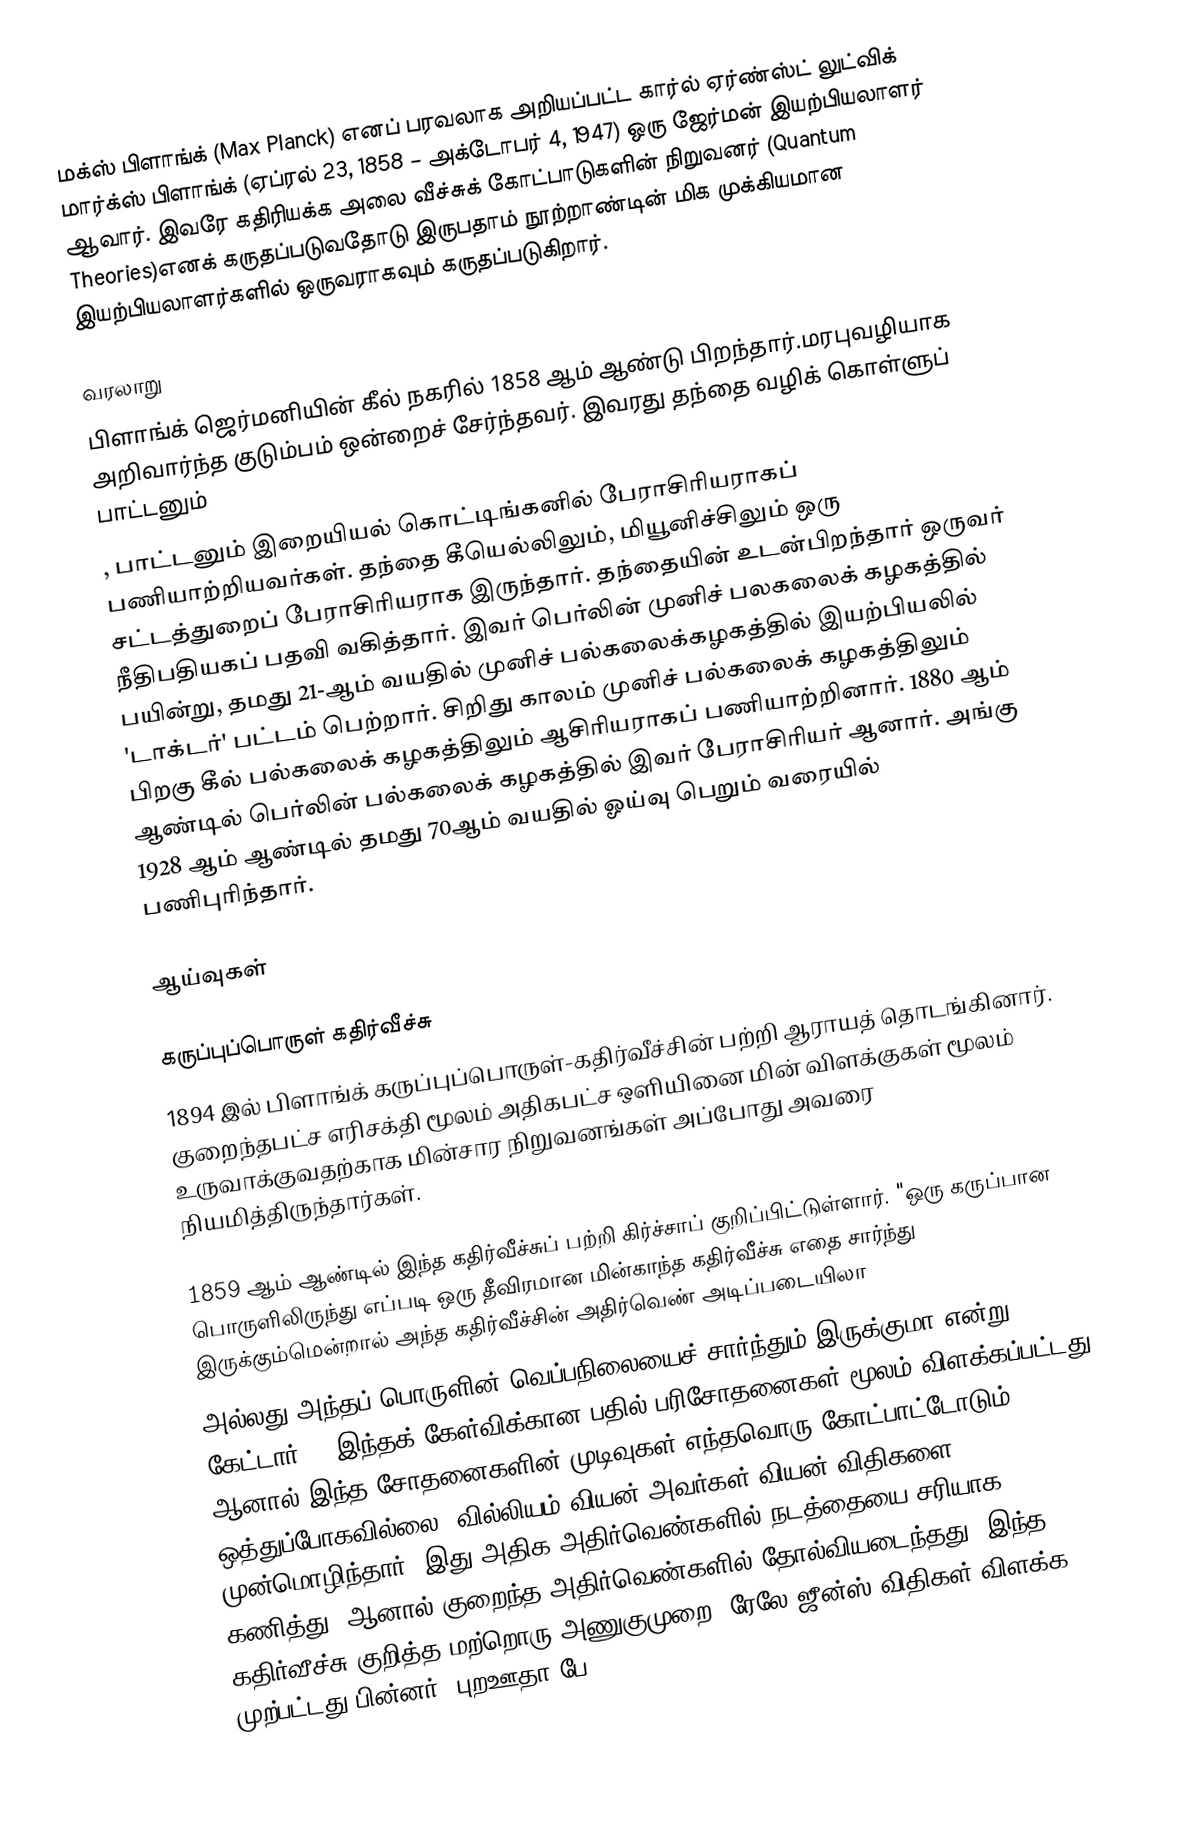
மக்ஸ் பிளாங்க் (Max Planck) எனப் பரவலாக அறியப்பட்ட கார்ல் ஏர்ண்ஸ்ட் லுட்விக் மார்க்ஸ் பிளாங்க் (ஏப்ரல் 23, 1858 – அக்டோபர் 4, 1947) ஒரு ஜேர்மன் இயற்பியலாளர் ஆவார். இவரே கதிரியக்க அலை வீச்சுக் கோட்பாடுகளின் நிறுவனர் (Quantum Theories)எனக் கருதப்படுவதோடு இருபதாம் நூற்றாண்டின் மிக முக்கியமான இயற்பியலாளர்களில் ஒருவராகவும் கருதப்படுகிறார்.

வரலாறு
பிளாங்க்  ஜெர்மனியின் கீல் நகரில் 1858 ஆம் ஆண்டு பிறந்தார்.மரபுவழியாக அறிவார்ந்த குடும்பம் ஒன்றைச் சேர்ந்தவர். இவரது தந்தை வழிக் கொள்ளுப் பாட்டனும்
, பாட்டனும் இறையியல் கொட்டிங்கனில் பேராசிரியராகப் பணியாற்றியவர்கள். தந்தை கீயெல்லிலும், மியூனிச்சிலும் ஒரு சட்டத்துறைப் பேராசிரியராக இருந்தார். தந்தையின் உடன்பிறந்தார் ஒருவர் நீதிபதியகப் பதவி வகித்தார். இவர் பெர்லின் முனிச் பலகலைக் கழகத்தில் பயின்று, தமது 21-ஆம் வயதில் முனிச் பல்கலைக்கழகத்தில் இயற்பியலில் 'டாக்டர்' பட்டம் பெற்றார். சிறிது காலம் முனிச் பல்கலைக் கழகத்திலும் பிறகு கீல் பல்கலைக் கழகத்திலும் ஆசிரியராகப் பணியாற்றினார். 1880 ஆம் ஆண்டில் பெர்லின் பல்கலைக் கழகத்தில் இவர் பேராசிரியர் ஆனார். அங்கு 1928 ஆம் ஆண்டில் தமது 70ஆம் வயதில் ஓய்வு பெறும் வரையில் பணிபுரிந்தார்.

ஆய்வுகள்

கருப்புப்பொருள் கதிர்வீச்சு
1894 இல் பிளாங்க் கருப்புப்பொருள்-கதிர்வீச்சின் பற்றி ஆராயத் தொடங்கினார். குறைந்தபட்ச எரிசக்தி மூலம் அதிகபட்ச ஒளியினை மின் விளக்குகள் மூலம் உருவாக்குவதற்காக மின்சார நிறுவனங்கள் அப்போது அவரை நியமித்திருந்தார்கள்.

1859 ஆம் ஆண்டில் இந்த கதிர்வீச்சுப் பற்றி கிர்ச்சாப் குறிப்பிட்டுள்ளார். "ஒரு கருப்பான பொருளிலிருந்து எப்படி ஒரு தீவிரமான மின்காந்த கதிர்வீச்சு எதை சார்ந்து இருக்கும்மென்றால் அந்த கதிர்வீச்சின் அதிர்வெண் அடிப்படையிலா
அல்லது அந்தப் பொருளின் வெப்பநிலையைச் சார்ந்தும் இருக்குமா என்று கேட்டார்?". இந்தக் கேள்விக்கான பதில் பரிசோதனைகள் மூலம் விளக்கப்பட்டது ஆனால் இந்த சோதனைகளின் முடிவுகள் எந்தவொரு கோட்பாட்டோடும் ஒத்துப்போகவில்லை. வில்லியம் வியன் அவர்கள் வியன் விதிகளை முன்மொழிந்தார், இது அதிக அதிர்வெண்களில் நடத்தையை சரியாக கணித்து, ஆனால் குறைந்த அதிர்வெண்களில் தோல்வியடைந்தது. இந்த கதிர்வீச்சு குறித்த மற்றொரு அணுகுமுறை, ரேலே ஜீன்ஸ் விதிகள் விளக்க முற்பட்டது பின்னர் "புறஊதா பே